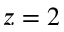
z = 2